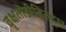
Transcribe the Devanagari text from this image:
वृक्षतोडीविरुद्ध